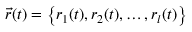
\vec { r } ( t ) = \left\{ r _ { 1 } ( t ) , r _ { 2 } ( t ) , \ldots , r _ { l } ( t ) \right\}